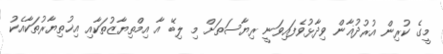
މީގެ ކުރިން އުރުދުޣާން ވިދާޅުވެފައިވަނީ ރިޔާސަތަށް މި ލިބޭ އާ އިމްތިޔާޒުތަކާއި އިޚުތިޔާރުތަކާއެކު